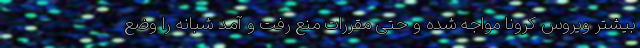
بیشتر ویروس کرونا مواجه شده و حتی مقررات منع رفت و آمد شبانه را وضع